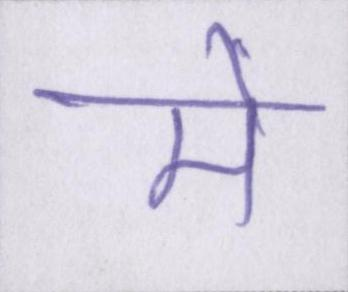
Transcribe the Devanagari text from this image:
मैँ